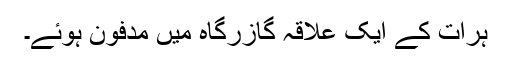
ہرات کے ایک علاقہ گازرگاہ میں مدفون ہوئے۔